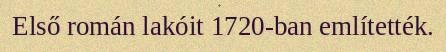
Első román lakóit 1720-ban említették.